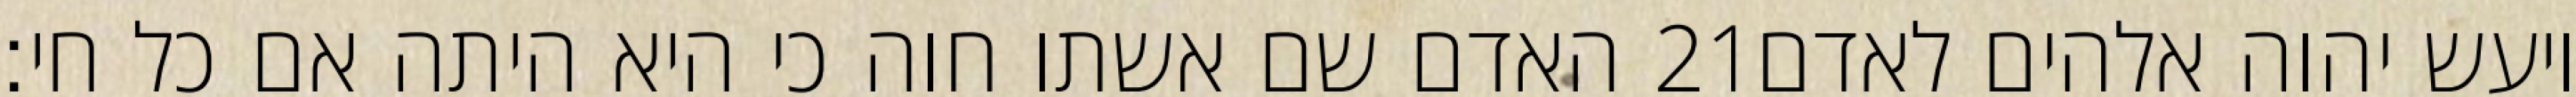
האדם שם אשתו חוה כי היא היתה אם כל חי׃ ‎21‏ ויעש יהוה אלהים לאדם